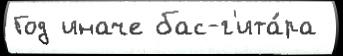
Год иначе бас-г'ита́ра